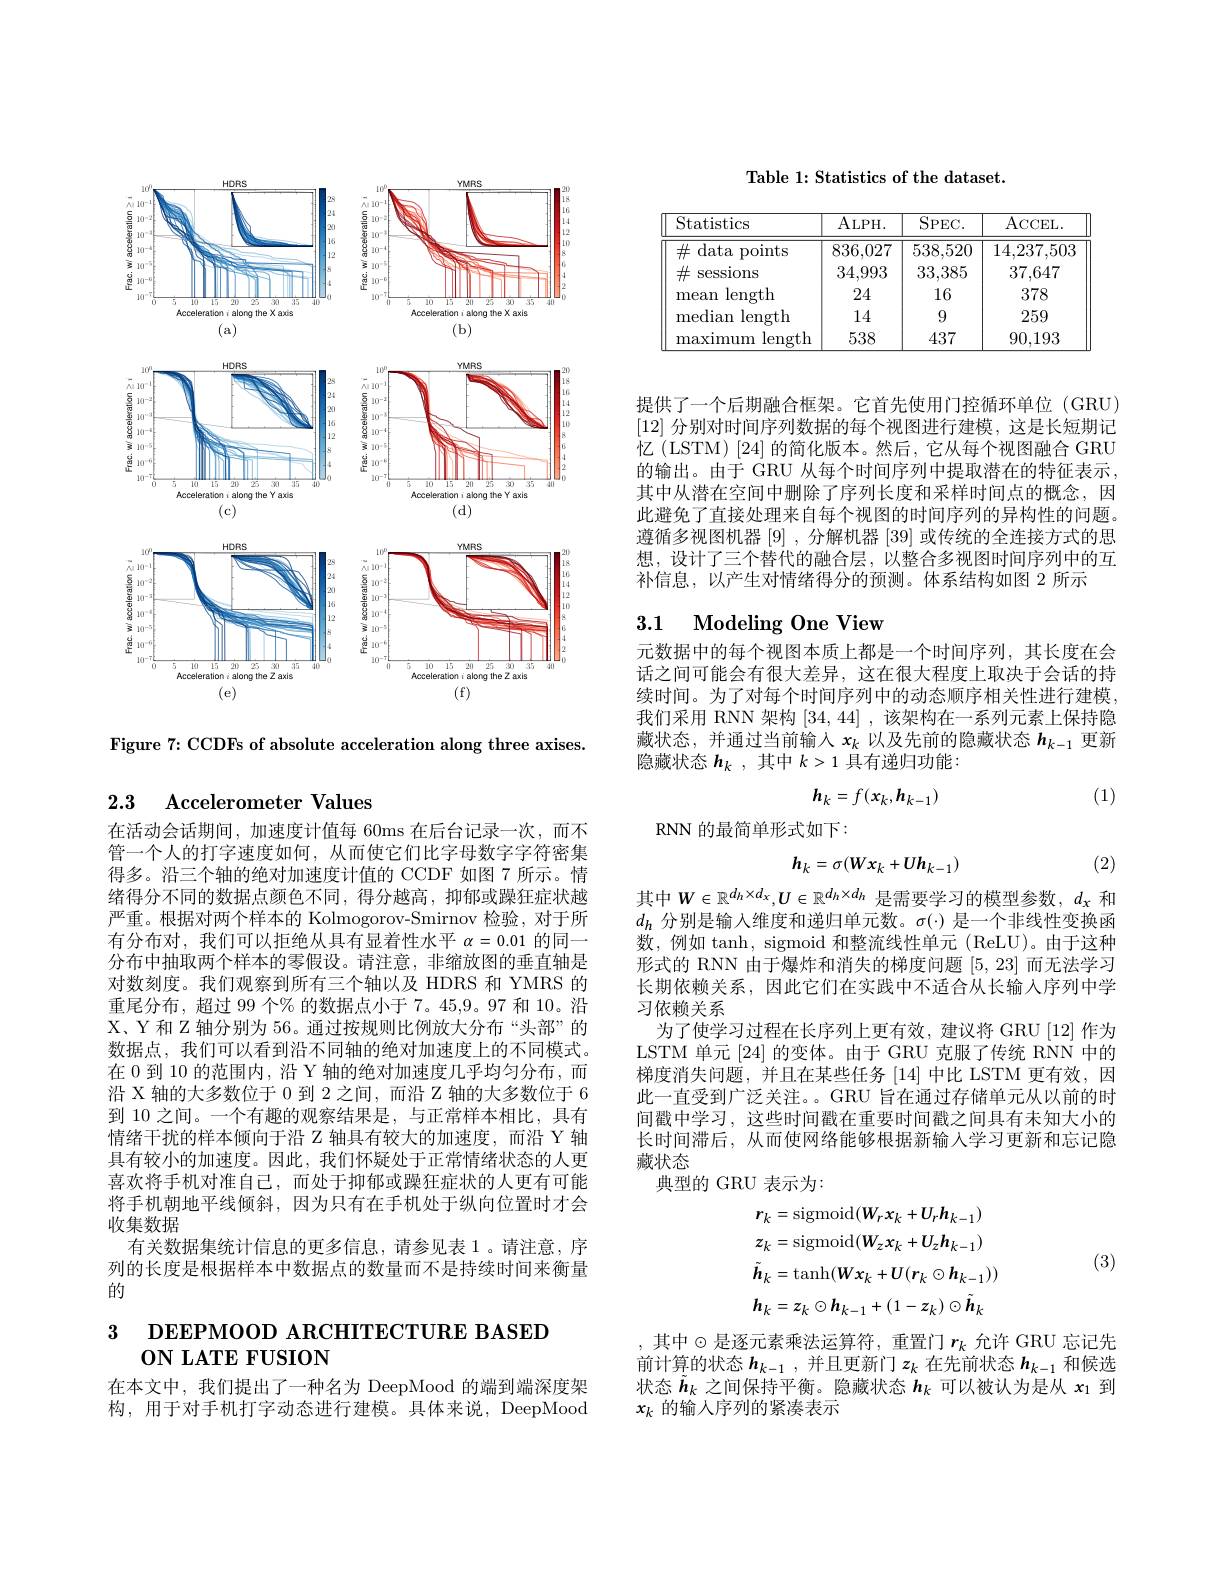
<FigureHere>

Figure 7: CCDFs of absolute acceleration along three axises.

## 2.3 $\textbf{Accelerometer Values}$

在活动会话期间，加速度计值每 60ms 在后台记录一次，而不管一个人的打字速度如何，从而使它们比字母数字字符密集得多。沿三个轴的绝对加速度计值的 CCDF 如图 7 所示。情绪得分不同的数据点颜色不同，得分越高，抑郁或躁狂症状越严重。根据对两个样本的 Kolmogorov-Smirnov 检验，对于所有分布对，我们可以拒绝从具有显着性水平$\alpha=0.01$的同一分布中抽取两个样本的零假设。请注意，非缩放图的垂直轴是对数刻度。我们观察到所有三个轴以及 HDRS 和 YMRS 的重尾分布，超过 99 个% 的数据点小于 7。45,9。97 和 10。沿X、Y 和 Z 轴分别为 56。通过按规则比例放大分布“头部”的数据点，我们可以看到沿不同轴的绝对加速度上的不同模式。在 0 到 10 的范围内，沿 Y 轴的绝对加速度几乎均匀分布，而沿 X 轴的大多数位于 0 到 2 之间，而沿 Z 轴的大多数位于 6到 10 之间。一个有趣的观察结果是，与正常样本相比，具有情绪干扰的样本倾向于沿 Z 轴具有较大的加速度，而沿 Y 轴具有较小的加速度。因此，我们怀疑处于正常情绪状态的人更喜欢将手机对准自己，而处于抑郁或躁狂症状的人更有可能将手机朝地平线倾斜，因为只有在手机处于纵向位置时才会收集数据
有关数据集统计信息的更多信息，请参见表 1。请注意，序列的长度是根据样本中数据点的数量而不是持续时间来衡量的

# 3 DEEPMOOD ARCHITECTURE BASED 0N LATE FUSION

在本文中，我们提出了一种名为 DeepMood 的端到端深度架构，用于对手机打字动态进行建模。具体来说，DeepMood

Table 1: Statistics of the dataset.

<table>
	<tbody>
		<tr>
			<th>Statistics</th>
			<th>ALPH.</th>
			<th>SPEC. </th>
			<th>ACCEL.</th>
		</tr>
		<tr>
			<td>data $\#$ $\textbf{a points}$</td>
			<td>836,027</td>
			<td>538,520</td>
			<td>14,237,503</td>
		</tr>
		<tr>
			<td>$\#$ sessions</td>
			<td>34,993</td>
			<td>33,385</td>
			<td>37,647</td>
		</tr>
		<tr>
			<td>length mean</td>
			<td>24</td>
			<td>16</td>
			<td>378</td>
		</tr>
		<tr>
			<td>median length</td>
			<td>14</td>
			<td>9</td>
			<td>259</td>
		</tr>
		<tr>
			<td>length maxımum</td>
			<td>538</td>
			<td>437</td>
			<td>90,193</td>
		</tr>
	</tbody>
</table>

提供了一个后期融合框架。它首先使用门控循环单位 (GRU) [12]分别对时间序列数据的每个视图进行建模，这是长短期记忆(LSTM)[24]的简化版本。然后，它从每个视图融合 GRU 的输出。由于 GRU 从每个时间序列中提取潜在的特征表示其中从潜在空间中删除了序列长度和采样时间点的概念，因此避免了直接处理来自每个视图的时间序列的异构性的问题。遵循多视图机器[9] ,分解机器[39]或传统的全连接方式的思想，设计了三个替代的融合层，以整合多视图时间序列中的互补信息，以产生对情绪得分的预测。体系结构如图 2 所示

## 3.1 Modeling One View

元数据中的每个视图本质上都是一个时间序列，其长度在会话之间可能会有很大差异，这在很大程度上取决于会话的持续时间。为了对每个时间序列中的动态顺序相关性进行建模我们采用 RNN 架构[34,44] ,该架构在一系列元素上保持隐藏状态，并通过当前输入$x_k$以及先前的隐藏状态$h_{k-1}$更新隐藏状态$h_k$ ,其中$k>1$具有递归功能：
$$\boldsymbol{h}_k=f(x_k,\boldsymbol{h}_{k-1})$$
(1)

RNN 的最简单形式如下：

(2)
$$h_{k}=\sigma(Wx_{k}+Uh_{k-1})$$
其中$W\in\mathbb{R}^{d_h\times d_x},U\in\mathbb{R}^{d_h\times d_h}$是需要学习的模型参数，$d_x$ 和$d_h$分别是输入维度和递归单元数。$\sigma(\cdot)$是一个非线性变换函数，例如 tanh, sigmoid 和整流线性单元 (ReLU)。由于这种形式的 RNN 由于爆炸和消失的梯度问题[5,23]而无法学习长期依赖关系，因此它们在实践中不适合从长输入序列中学习依赖关系
为了使学习过程在长序列上更有效，建议将 GRU [12] 作为LSTM 单元[24] 的变体。由于 GRU 克服了传统 RNN 中的梯度消失问题，并且在某些任务[14]中比 LSTM 更有效，因此一直受到广泛关注。。GRU 旨在通过存储单元从以前的时间戳中学习，这些时间戳在重要时间戳之间具有未知大小的长时间滞后，从而使网络能够根据新输入学习更新和忘记隐藏状态
典型的 GRU 表示为：
$$r_{k}=\mathrm{sigmoid}(W_{r}x_{k}+U_{r}h_{k-1})\\z_{k}=\mathrm{sigmoid}(W_{z}x_{k}+U_{z}h_{k-1})\\\tilde{h}_{k}=\mathrm{tanh}(Wx_{k}+U(r_{k}\odot h_{k-1}))\\h_{k}=z_{k}\odot h_{k-1}+(1-z_{k})\odot\tilde{h}_{k}$$
(3)

, 其中$\odot$是逐元素乘法运算符，重置门$r_k$ 允许 GRU 忘记先前计算的状态$h_{k-1}$ ,并且更新门$z_k$在先前状态$h_{k-1}$和候选状态$\tilde{\boldsymbol{h}}_k$之间保持平衡。隐藏状态$h_k$可以被认为是从$x_1$到$x_k$的输人序列的紧凑表示